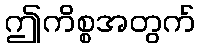
ဤကိစ္စအတွက်